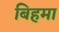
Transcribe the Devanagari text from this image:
बिहमा